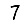
Digit: 7